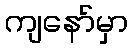
ကျနော်မှာ